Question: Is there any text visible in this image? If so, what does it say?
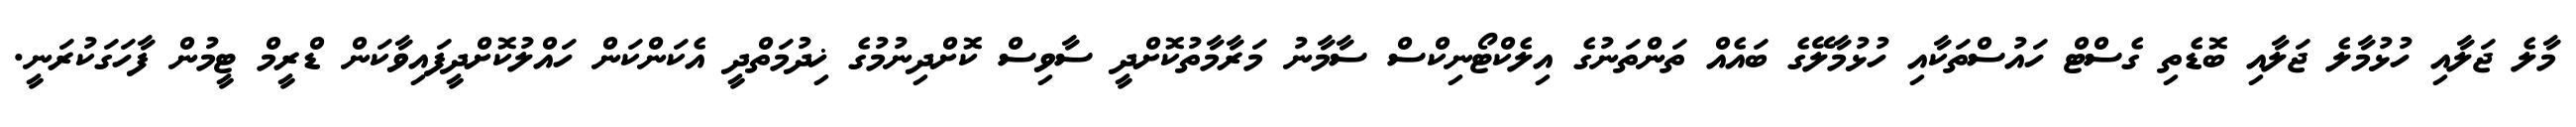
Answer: މާލެ ޖަލާއި ހުޅުމާލެ ޖަލާއި ބޮޑެތި ގެސްޓް ހައުސްތަކާއި ހުޅުމާލޭގެ ބައެއް ތަންތަނުގެ އިލެކްޓޯނިކްސް ސާމާނު މަރާމާތުކޮށްދީ ސާވިސް ކޮށްދިނުމުގެ ޚިދުމަތްދީ އެކަންކަން ހައްލުކޮށްދީފައިވާކަން ޑްރީމް ޓީމުން ފާހަގަކުރަނީ.